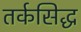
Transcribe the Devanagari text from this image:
तर्कसिद्ध